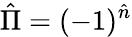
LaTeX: \hat{\Pi}=(-1)^{\hat{n}}